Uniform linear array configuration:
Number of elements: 4
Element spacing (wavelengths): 1
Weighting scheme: hann
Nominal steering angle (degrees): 15
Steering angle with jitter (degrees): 16.17
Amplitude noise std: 0.05
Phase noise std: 0.05

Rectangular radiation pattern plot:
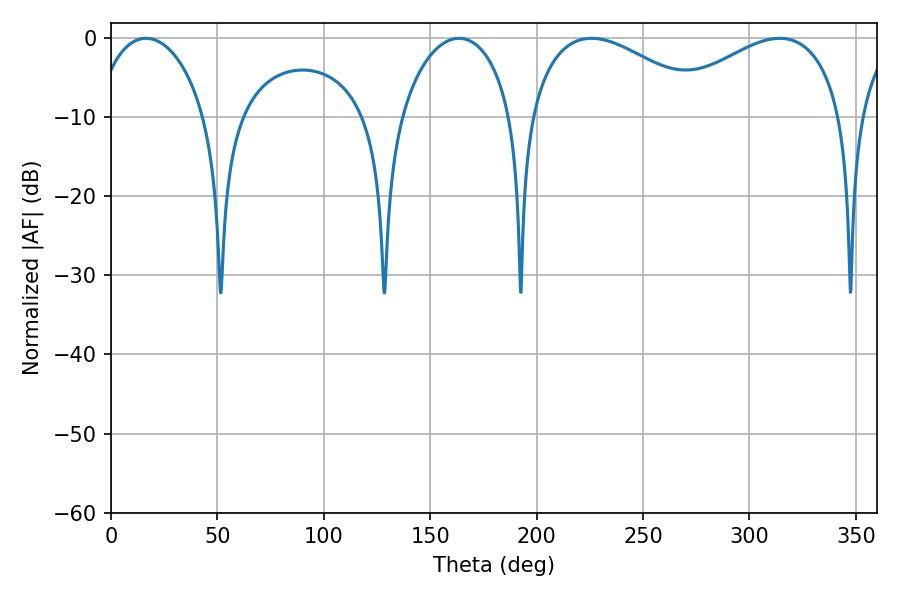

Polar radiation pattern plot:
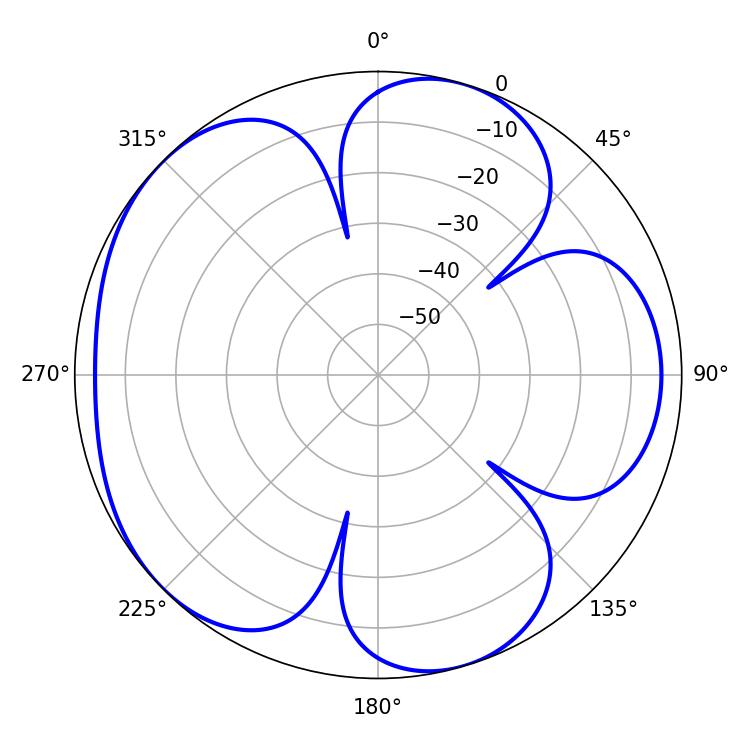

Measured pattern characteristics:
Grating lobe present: TRUE
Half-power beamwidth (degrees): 47.16
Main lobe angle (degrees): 314.28